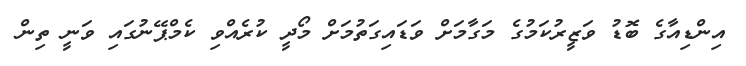
އިންޑިއާގެ ބޮޑު ވަޒީރުކަމުގެ މަގާމަށް ވަޑައިގަތުމަށް މޯދީ ކުރެއްވި ކެމްޕޭނުގައި ވަނީ ތިން